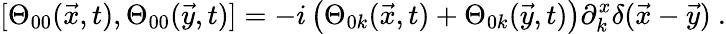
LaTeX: [\Theta_{00}(\vec{x},t),\Theta_{00}(\vec{y},t)]=-i\left(\Theta_{0k}(\vec{x},t)+\Theta_{0k}(\vec{y},t)\right)\partial_{k}^{x}\delta(\vec{x}-\vec{y})~.